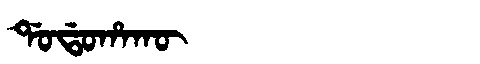
Manchu: ᡩᠣᡩᠣᡥᠠᡴᡡ
Romanization: DODOHAKŪ